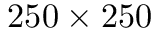
2 5 0 \times 2 5 0